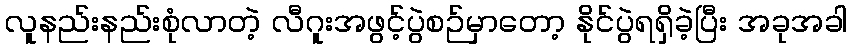
လူနည်းနည်းစုံလာတဲ့ လီဂူးအဖွင့်ပွဲစဉ်မှာတော့ နိုင်ပွဲရရှိခဲ့ပြီး အခုအခါ